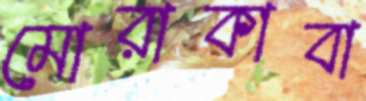
মোরাকাবা